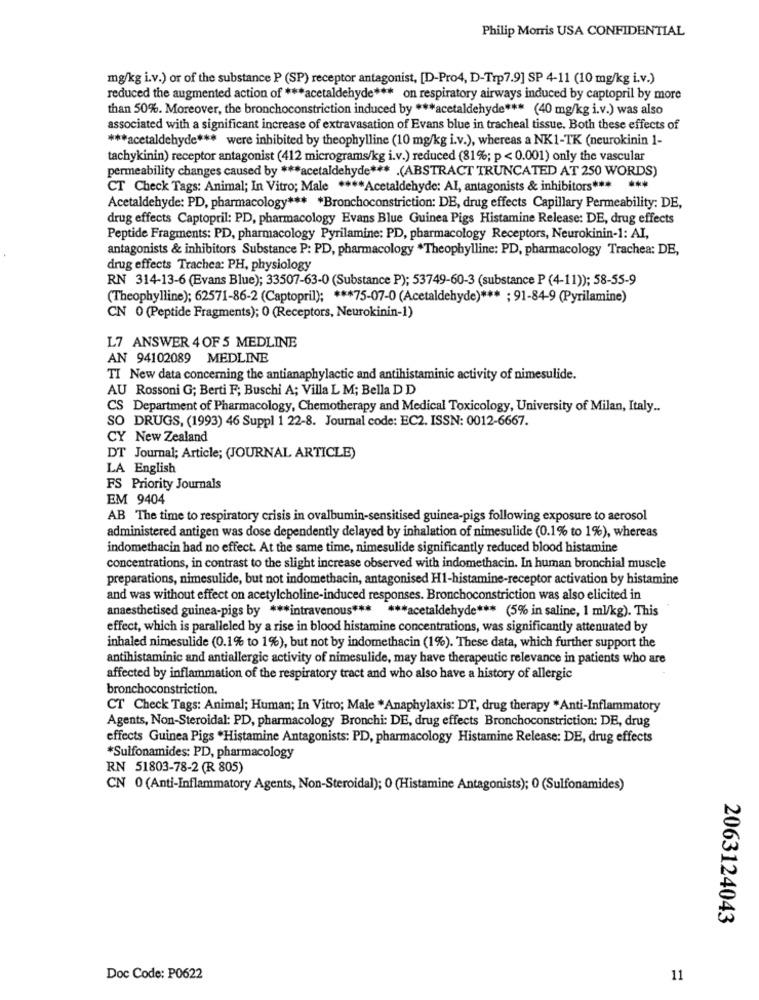
Philip Morris USA CONFIDENTIAL
mg/kg i.v.) or of the substance P (SP) receptor antagonist, [D-Pro4, D-Trp7.9] SP 4-11 (10 mg/kg i.v.)
reduced the augmented action of *** acetaldehyde *** on respiratory airways induced by captopril by more
than 50%. Moreover, the bronchoconstriction induced by *** acetaldehyde *** (40 mg/kg i.v.) was also
associated with a significant increase of extravasation of Evans blue in tracheal tissue. Both these effects of
*** acetaldehyde *** were inhibited by theophylline (10 mg/kg i.v.), whereas a NK1-TK (neurokinin 1-
tachykinin) receptor antagonist (412 micrograms/kg i.v.) reduced (81%; p < 0.001) only the vascular
permeability changes caused by *** acetaldehyde *** . (ABSTRACT TRUNCATED AT 250 WORDS)
CT Check Tags: Animal; In Vitro; Male **** Acetaldehyde: Al, antagonists & inhibitors *** ***
Acetaldehyde: PD, pharmacology *** * Bronchoconstriction: DE, drug effects Capillary Permeability: DE,
drug effects Captopril: PD, pharmacology Evans Blue Guinea Pigs Histamine Release: DE, drug effects
Peptide Fragments: PD, pharmacology Pyrilamine: PD, pharmacology Receptors, Neurokinin-1: AI,
antagonists & inhibitors Substance P: PD, pharmacology *Theophylline: PD, pharmacology Trachea: DE,
drug effects Trachea: PH, physiology
RN 314-13-6 (Evans Blue); 33507-63-0 (Substance P); 53749-60-3 (substance P (4-11)); 58-55-9
(Theophylline); 62571-86-2 (Captopril); *** 75-07-0 (Acetaldehyde) *** ; 91-84-9 (Pyrilamine)
CN 0 (Peptide Fragments); 0 (Receptors, Neurokinin-1)
L7 ANSWER 4 OF 5 MEDLINE
AN 94102089 MEDLINE
TI New data concerning the antianaphylactic and antihistaminic activity of nimesulide.
AU Rossoni G; Berti F; Buschi A; Villa L M; Bella D D
CS Department of Pharmacology, Chemotherapy and Medical Toxicology, University of Milan, Italy ..
SO DRUGS, (1993) 46 Suppl 1 22-8. Journal code: EC2. ISSN: 0012-6667.
CY New Zealand
DT Journal; Article; (JOURNAL ARTICLE)
LA English
FS Priority Journals
EM 9404
AB The time to respiratory crisis in ovalbumin-sensitised guinea-pigs following exposure to aerosol
administered antigen was dose dependently delayed by inhalation of nimesulide (0.1% to 1%), whereas
indomethacin had no effect. At the same time, nimesulide significantly reduced blood histamine
concentrations, in contrast to the slight increase observed with indomethacin. In human bronchial muscle
preparations, nimesulide, but not indomethacin, antagonised H1-histamine-receptor activation by histamine
and was without effect on acetylcholine-induced responses. Bronchoconstriction was also elicited in
anaesthetised guinea-pigs by *** intravenous *** *** acetaldehyde *** (5% in saline, 1 ml/kg). This
effect, which is paralleled by a rise in blood histamine concentrations, was significantly attenuated by
inhaled nimesulide (0.1% to 1%), but not by indomethacin (1%). These data, which further support the
antihistaminic and antiallergic activity of nimesulide, may have therapeutic relevance in patients who are
affected by inflammation of the respiratory tract and who also have a history of allergic
bronchoconstriction.
CT Check Tags: Animal; Human; In Vitro; Male *Anaphylaxis: DT, drug therapy *Anti-Inflammatory
Agents, Non-Steroidal: PD, pharmacology Bronchi: DE, drug effects Bronchoconstriction: DE, drug
effects Guinea Pigs "Histamine Antagonists: PD, pharmacology Histamine Release: DE, drug effects
*Sulfonamides: PD, pharmacology
RN 51803-78-2 (R 805)
CN 0 (Anti-Inflammatory Agents, Non-Steroidal); O (Histamine Antagonists); 0 (Sulfonamides)
2063124043
Doc Code: P0622
11